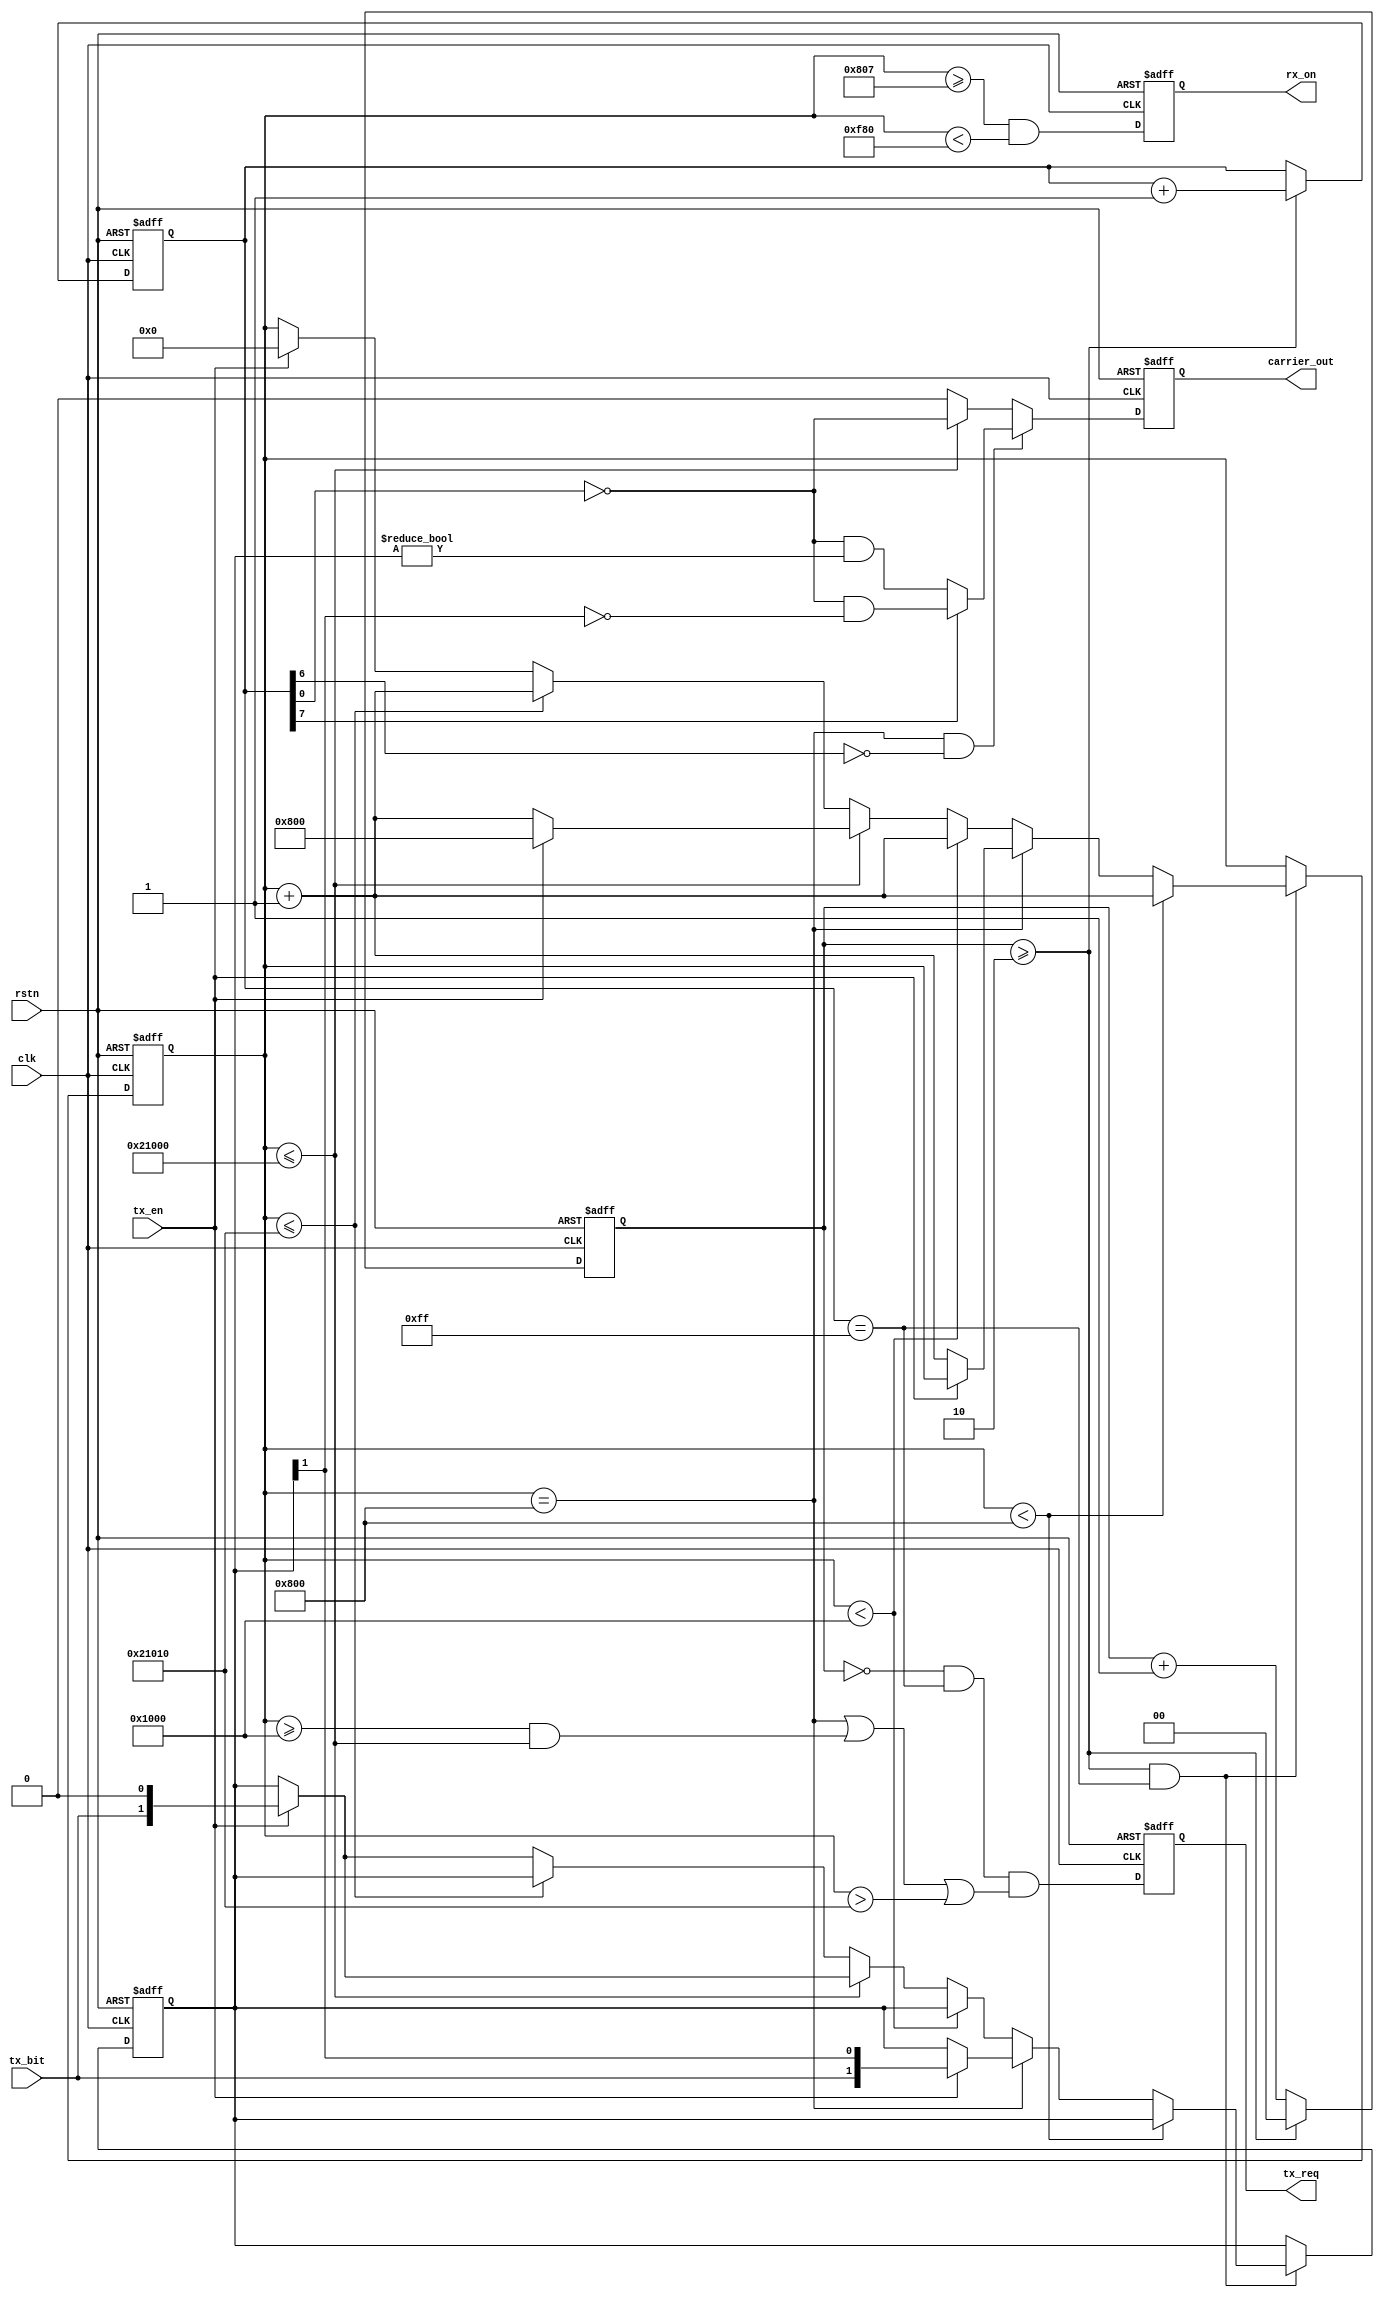
// This program was cloned from: https://github.com/WangXuan95/FPGA-NFC
// License: GNU General Public License v3.0


//--------------------------------------------------------------------------------------------------------
// Module  : nfca_tx_modulate
// Type    : synthesizable, IP's sub module
// Standard: Verilog 2001 (IEEE1364-2001)
// Function: called by nfca_controller
//--------------------------------------------------------------------------------------------------------

module nfca_tx_modulate (
    input  wire       rstn,       // 0:reset, 1:work
    input  wire       clk,        // require 81.36MHz
    // tx bit modulate interface
    output reg        tx_req,
    input  wire       tx_en,
    input  wire       tx_bit,
    // RFID carrier output, connect to a NMOS transistor to drive the antenna coil
    output reg        carrier_out,
    // 1:in RX window,  0:out of RX window
    output reg        rx_on
);


localparam    CARRIER_SETUP = 2048;
localparam    CARRIER_HOLD  = 131072;

initial tx_req  = 1'b0;
initial carrier_out = 1'b0;
initial rx_on = 1'b0;

reg [ 1:0] clkcnt = 2'd0;
reg [ 7:0] ccnt = 8'd0;
reg [31:0] wcnt = 32'hFFFFFFFF;
reg [ 1:0] bdata = 2'd0;            // {1 bits for future, 1 bit for current, 1 bit for past}


always @ (posedge clk or negedge rstn)
    if(~rstn) begin
        clkcnt <= 2'd0;
        ccnt <= 8'd0;
    end else begin
        if(clkcnt >= 2'd2) begin
            clkcnt <= 2'd0;
            ccnt <= ccnt + 8'h01;
        end else begin
            clkcnt <= clkcnt + 2'd1;
        end
    end


always @ (posedge clk or negedge rstn)
    if(~rstn)
        tx_req <= 1'b0;
    else
        tx_req <= clkcnt == 2'h0 && ccnt == 8'hff && (wcnt == CARRIER_SETUP || wcnt >= CARRIER_SETUP*2 && wcnt <= CARRIER_SETUP*2 + CARRIER_HOLD || wcnt > CARRIER_SETUP*2 + CARRIER_HOLD + 16);


always @ (posedge clk or negedge rstn)
    if(~rstn) begin
        wcnt <= 32'hFFFFFFFF;
        bdata <= 2'd0;
    end else begin
        if(clkcnt >= 2'd2 && ccnt == 8'hff) begin
            if         (wcnt <  CARRIER_SETUP) begin
                wcnt <= wcnt + 1;
            end else if(wcnt == CARRIER_SETUP) begin
                if(tx_en) begin
                    bdata <= {tx_bit, bdata[1]};
                    //$write("%d", tx_bit);           // only for simulation
                end else begin
                    wcnt <= wcnt + 1;
                    //$write("\n");                   // only for simulation
                end
            end else if(wcnt <  CARRIER_SETUP*2) begin
                wcnt <= wcnt + 1;
            end else if(wcnt <= CARRIER_SETUP*2 + CARRIER_HOLD) begin
                if(tx_en) begin
                    wcnt <= CARRIER_SETUP;
                    bdata <= {tx_bit, 1'b0};
                    //$write("%d", tx_bit);           // only for simulation
                end else
                    wcnt <= wcnt + 1;
            end else if(wcnt <= CARRIER_SETUP*2 + CARRIER_HOLD + 16) begin
                wcnt <= wcnt + 1;
            end else if(tx_en) begin
                wcnt <= 0;
                bdata <= {tx_bit, 1'b0};
                //$write("%d", tx_bit);               // only for simulation
            end
        end
    end


always @ (posedge clk or negedge rstn)
    if(~rstn) begin
        carrier_out <= 1'b0;
    end else begin
        if(wcnt == CARRIER_SETUP && ~ccnt[6]) begin
            if(ccnt[7])
                carrier_out <= ~ccnt[0] && bdata[1] == 1'b0;
            else
                carrier_out <= ~ccnt[0] && bdata[1:0] != 2'b00;
        end else if(wcnt <= CARRIER_SETUP*2 + CARRIER_HOLD) begin
            carrier_out <= ~ccnt[0];
        end else begin
            carrier_out <= 1'b0;
        end
    end


always @ (posedge clk or negedge rstn)
    if(~rstn)
        rx_on <= 1'b0;
    else
        rx_on <= wcnt >= CARRIER_SETUP + 7 && wcnt < CARRIER_SETUP*2 - 128;

endmodule